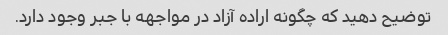
توضیح دهید که چگونه اراده آزاد در مواجهه با جبر وجود دارد.